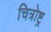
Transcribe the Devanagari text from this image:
चित्रोष्ट्र